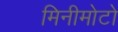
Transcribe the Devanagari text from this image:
मिनीमोटो